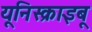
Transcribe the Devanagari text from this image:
यूनिस्क्राइबू